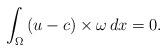
LaTeX: \begin{align*} \int_{\Omega} \left( u - c \right) \times \omega \, dx = 0. \end{align*}